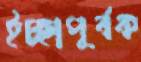
ইচ্ছাপূর্বক